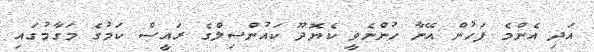
އަދި އެންމެ ފަހުން އޭނާ ހުންނެވީ ކެޔޮދޫ ކައުންސިލްގެ ރައީސް ކަމުގެ މަގާމުގައި